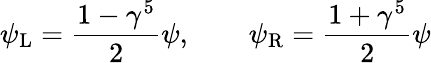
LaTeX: \psi_{\mathrm{{L}}}={\frac{1-\gamma^{5}}{2}}\psi,\qquad\psi_{\mathrm{{R}}}={\frac{1+\gamma^{5}}{2}}\psi